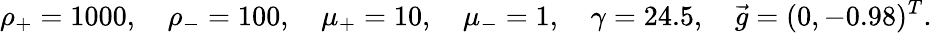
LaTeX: \rho_{+}=1000,\quad\rho_{-}=100,\quad\mu_{+}=10,\quad\mu_{-}=1,\quad\gamma=24.5,\quad\vec{g}=(0,-0.98)^{T}.